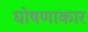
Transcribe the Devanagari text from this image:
घोषणाकार